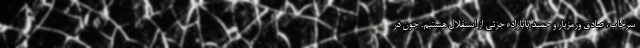
سرخاب،‌ صادق ورمزیار و حمید بابازاده جزئی از استقلال هستیم. چون در